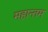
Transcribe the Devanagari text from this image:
महान्तम